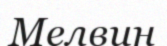
Мелвин